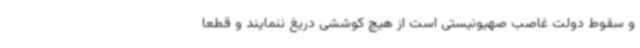
و سقوط دولت غاصب صهیونیستی است از هیچ کوششی دریغ ننمایند و قطعاً